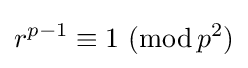
r^{p-1}\equiv 1\ (\operatorname {mod} {p^{2}})